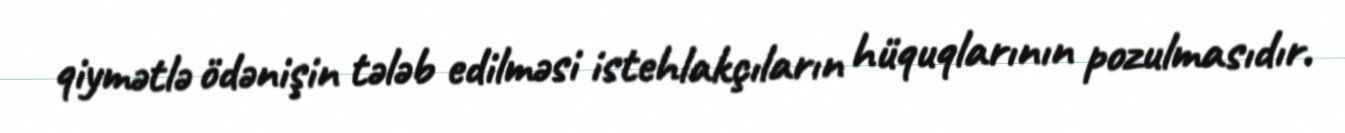
qiymətlə ödənişin tələb edilməsi istehlakçıların hüquqlarının pozulmasıdır.